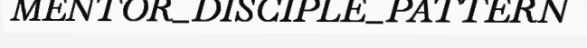
MENTOR_DISCIPLE_PATTERN